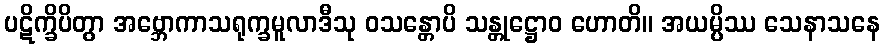
ပဋိက္ခိပိတွာ အဗ္ဘောကာသရုက္ခမူလာဒီသု ဝသန္တောပိ သန္တုဋ္ဌောဝ ဟောတိ။ အယမ္ပိဿ သေနာသနေ